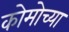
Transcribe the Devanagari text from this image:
कोमोच्या